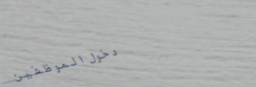
دخول الموظفين